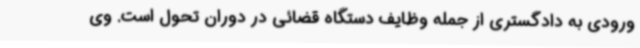
ورودی به دادگستری از جمله وظایف دستگاه قضائی در دوران تحول است. وی